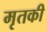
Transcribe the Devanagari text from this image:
मृतकी